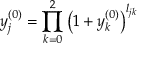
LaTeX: y _ { j } ^ { ( 0 ) } = \prod _ { k = 0 } ^ { 2 } \left( 1 + y _ { k } ^ { ( 0 ) } \right) ^ { l _ { j k } }